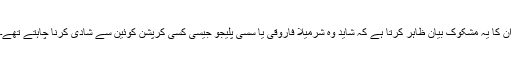
ان کا یہ مشکوک بیان ظاہر کرتا ہے کہ شاید وہ شرمیلا فاروقی یا سسی پلیجو جیسی کسی کرپشن کوئین سے شادی کرنا چاہتے تھے۔